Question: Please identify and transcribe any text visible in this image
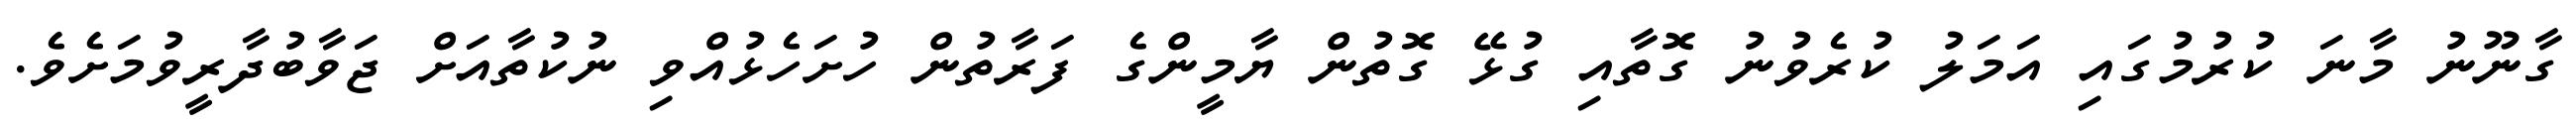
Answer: ގާނޫނު މާނަ ކުރުމުގައި އަމަލު ކުރެވުނު ގޮތާއި ގުޅޭ ގޮތުން ޔާމީންގެ ފަރާތުން ހުށަހެޅުއްވި ނުކުތާއަށް ޖަވާބުދާރީވުމަށެވެ.